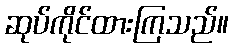
ဆုပ်ကိုင်ထားကြသည်။